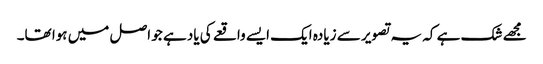
مجھے شک ہے کہ یہ تصویر سے زیادہ ایک ایسے واقعے کی یاد ہے جو اصل میں ہوا تھا۔